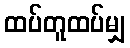
ထပ်တူထပ်မျှ